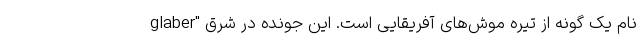
glaber" نام یک گونه از تیره موش‌های آفریقایی است. این جونده در شرق